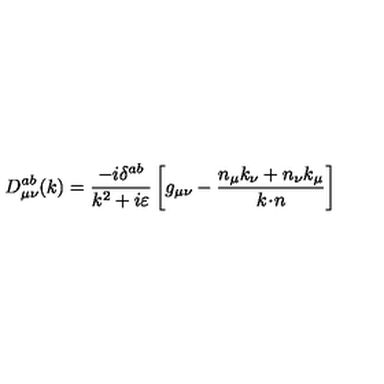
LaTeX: D _ { \mu \nu } ^ { a b } ( k ) = \frac { - i \delta ^ { a b } } { k ^ { 2 } + i \varepsilon } \left[ g _ { \mu \nu } - \frac { n _ { \mu } k _ { \nu } + n _ { \nu } k _ { \mu } } { k \! \cdot \! n } \right]